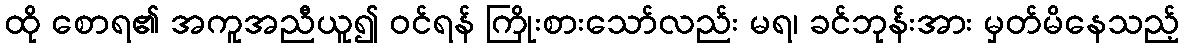
ထို စောရ၏ အကူအညီယူ၍ ဝင်ရန် ကြိုးစားသော်လည်း မရ၊ ခင်ဘုန်းအား မှတ်မိနေသည့်